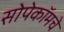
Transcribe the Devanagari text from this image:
सोपेकॉमचे